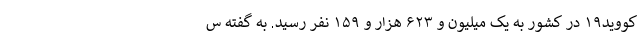
کووید۱۹ در کشور به یک میلیون و ۶۲۳ هزار و ۱۵۹ نفر رسید. به گفته س